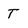
Character: T